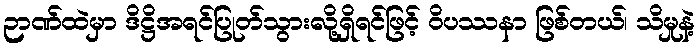
ဉာဏ်ထဲမှာ ဒိဋ္ဌိအရင်ပြုတ်သွားလို့ရှိရင်ဖြင့် ဝိပဿနာ ဖြစ်တယ်၊ သိမှုနဲ့